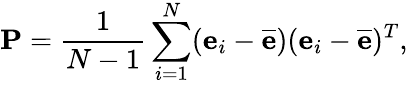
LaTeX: \mathbf{P}=\frac{1}{N-1}\sum_{i=1}^{N}(\mathbf{e}_{i}-\overline{{\mathbf{e}}})(\mathbf{e}_{i}-\overline{{\mathbf{e}}})^{T},